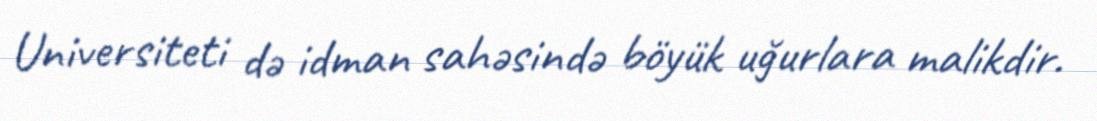
Universiteti də idman sahəsində böyük uğurlara malikdir.